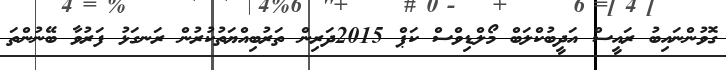
ގޮވުންނައިބު ރައީސް އަދީބުކްލަބް މޯލްޑިވްސް ކަޕް 2015ދަރިން ތަރުބިއްޔަތުކުރުން ރަނގަޅު ފަރުވާ ބޭނުންތަ